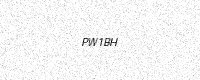
Text: PW1BH